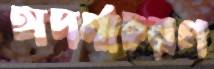
অপর্ণাচরণ